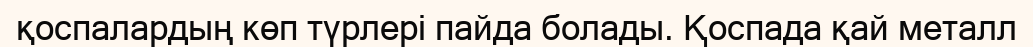
қоспалардың көп түрлері пайда болады. Қоспада қай металл